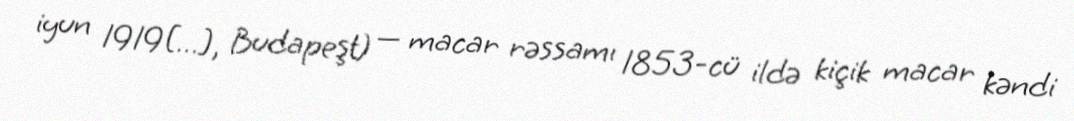
iyun 1919[…], Budapeşt) — macar rəssamı 1853-cü ildə kiçik macar kəndi